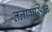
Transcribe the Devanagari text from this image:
तलावास्थित